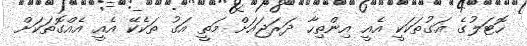
ހޮޓަލުގެ އަގުތަކަކީ އެއީ އިންތިހާ ދަރަޖައަށް މަތީ އަގު ތަކެކޭ އެއީ އެއްގޮތަކަށް